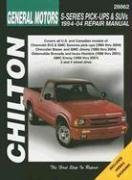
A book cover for GM S-Series Pickups & SUVs 1994-2004 (Haynes Repair Manuals); Chilton; Engineering & Transportation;